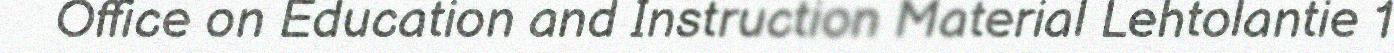
Office on Education and Instruction Material Lehtolantie 1